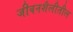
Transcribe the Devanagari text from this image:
जीवनशैलीतील